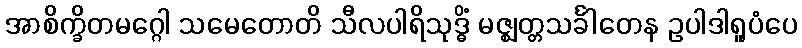
အာစိက္ခိတမဂ္ဂေါ သမေတောတိ သီလပါရိသုဒ္ဓိံ မဇ္ဈတ္တသင်္ခါတေန ဥပါဒါရူပံပေ